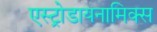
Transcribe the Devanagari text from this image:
एस्ट्रोडायनामिक्स